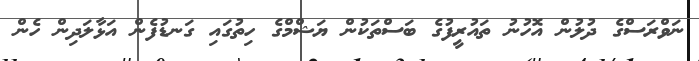
ނަވްރަސްގެ ދުލުން އޮހުނު ތައުރީފުގެ ބަސްތަކުން ޔަޝްމްގެ ހިތުގައި ގަނޑުފެން އަޅާލަދިން ހެން